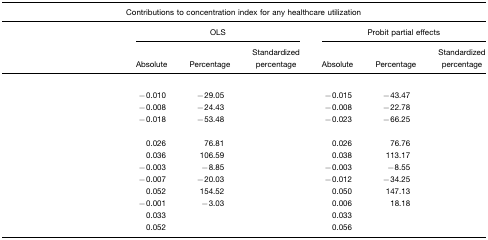
<table><thead><tr><td colspan="7"><b>Contributions to concentration index for any healthcare utilization</b></td></tr><tr><td>[EMPTY_CELL]</td><td colspan="3"><b>OLS</b></td><td colspan="3"><b>Probit partial effects</b></td></tr><tr><td>[EMPTY_CELL]</td><td><b>Absolute</b></td><td><b>Percentage</b></td><td><b>Standardized percentage</b></td><td><b>Absolute</b></td><td><b>Percentage</b></td><td><b>Standardized percentage</b></td></tr></thead><tbody><tr><td>[EMPTY_CELL]</td><td>[EMPTY_CELL]</td><td>[EMPTY_CELL]</td><td>[EMPTY_CELL]</td><td>[EMPTY_CELL]</td><td>[EMPTY_CELL]</td><td>[EMPTY_CELL]</td></tr><tr><td>[EMPTY_CELL]</td><td>−0.010</td><td>−29.05</td><td>[EMPTY_CELL]</td><td>−0.015</td><td>−43.47</td><td>[EMPTY_CELL]</td></tr><tr><td>[EMPTY_CELL]</td><td>−0.008</td><td>−24.43</td><td>[EMPTY_CELL]</td><td>−0.008</td><td>−22.78</td><td>[EMPTY_CELL]</td></tr><tr><td>[EMPTY_CELL]</td><td>−0.018</td><td>−53.48</td><td>[EMPTY_CELL]</td><td>−0.023</td><td>−66.25</td><td>[EMPTY_CELL]</td></tr><tr><td>[EMPTY_CELL]</td><td>[EMPTY_CELL]</td><td>[EMPTY_CELL]</td><td>[EMPTY_CELL]</td><td>[EMPTY_CELL]</td><td>[EMPTY_CELL]</td><td>[EMPTY_CELL]</td></tr><tr><td>[EMPTY_CELL]</td><td>0.026</td><td>76.81</td><td>[EMPTY_CELL]</td><td>0.026</td><td>76.76</td><td>[EMPTY_CELL]</td></tr><tr><td>[EMPTY_CELL]</td><td>0.036</td><td>106.59</td><td>[EMPTY_CELL]</td><td>0.038</td><td>113.17</td><td>[EMPTY_CELL]</td></tr><tr><td>[EMPTY_CELL]</td><td>−0.003</td><td>−8.85</td><td>[EMPTY_CELL]</td><td>−0.003</td><td>−8.55</td><td>[EMPTY_CELL]</td></tr><tr><td>[EMPTY_CELL]</td><td>−0.007</td><td>−20.03</td><td>[EMPTY_CELL]</td><td>−0.012</td><td>−34.25</td><td>[EMPTY_CELL]</td></tr><tr><td>[EMPTY_CELL]</td><td>0.052</td><td>154.52</td><td>[EMPTY_CELL]</td><td>0.050</td><td>147.13</td><td>[EMPTY_CELL]</td></tr><tr><td>[EMPTY_CELL]</td><td>−0.001</td><td>−3.03</td><td>[EMPTY_CELL]</td><td>0.006</td><td>18.18</td><td>[EMPTY_CELL]</td></tr><tr><td>[EMPTY_CELL]</td><td>0.033</td><td>[EMPTY_CELL]</td><td>[EMPTY_CELL]</td><td>0.033</td><td>[EMPTY_CELL]</td><td>[EMPTY_CELL]</td></tr><tr><td>[EMPTY_CELL]</td><td>0.052</td><td>[EMPTY_CELL]</td><td>[EMPTY_CELL]</td><td>0.056</td><td>[EMPTY_CELL]</td><td>[EMPTY_CELL]</td></tr></tbody></table>